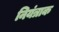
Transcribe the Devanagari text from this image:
नियंत्राक